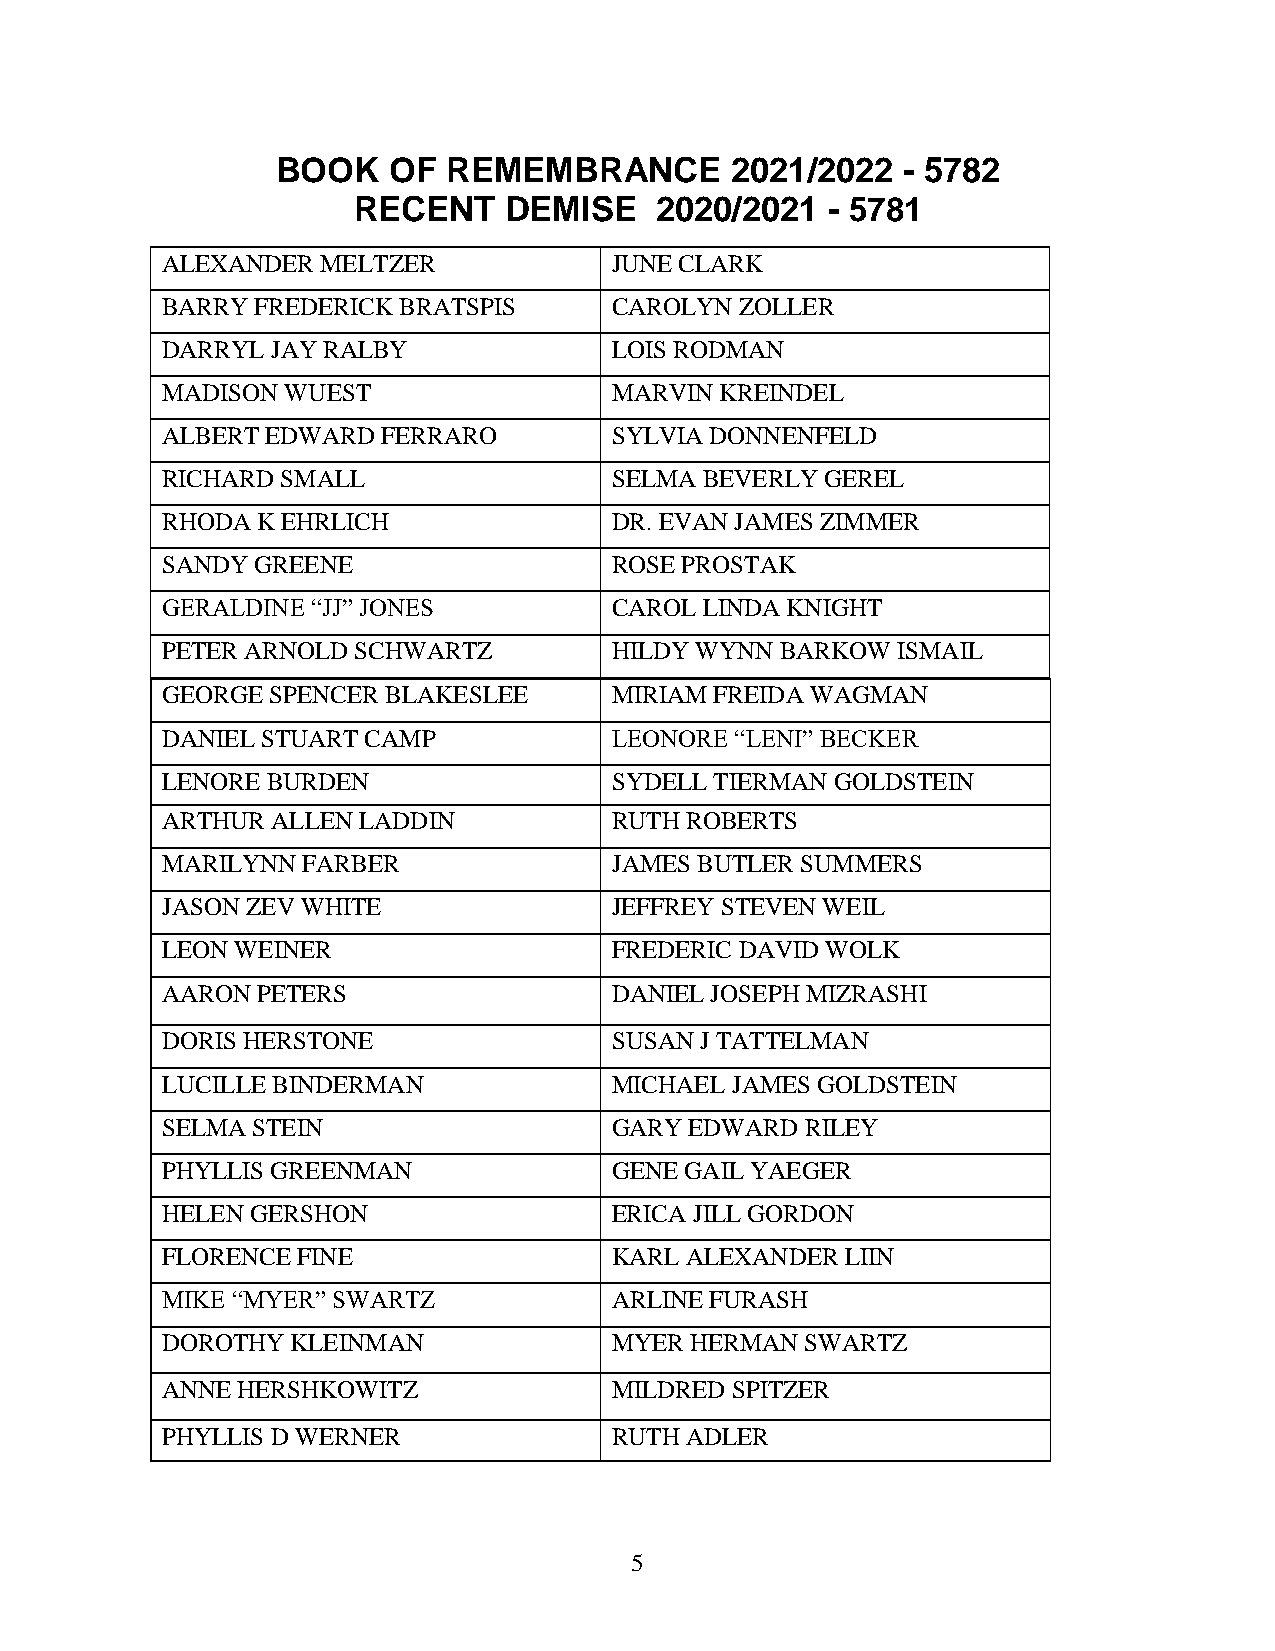
BOOK    OF  REMEMBRANCE       2021/2022   - 5782
 RECENT    DEMISE    2020/2021   - 5781
 ALEXANDER MELTZER            JUNE CLARK
 BARRY FREDERICK BRATSPIS     CAROLYN  ZOLLER
 DARRYL JAY RALBY             LOIS RODMAN
 MADISON WUEST                MARVIN  KREINDEL
 ALBERT EDWARD FERRARO        SYLVIA DONNENFELD
 RICHARD SMALL                SELMA  BEVERLY GEREL
 RHODA K EHRLICH              DR. EVAN JAMES ZIMMER
 SANDY GREENE                 ROSE PROSTAK
 GERALDINE “JJ” JONES         CAROL  LINDA KNIGHT
 PETER ARNOLD SCHWARTZ        HILDY WYNN  BARKOW ISMAIL
 GEORGE SPENCER BLAKESLEE     MIRIAM FREIDA WAGMAN
 DANIEL STUART CAMP           LEONORE  “LENI” BECKER
 LENORE BURDEN                SYDELL TIERMAN GOLDSTEIN
 ARTHUR ALLEN LADDIN          RUTH ROBERTS
 MARILYNN FARBER              JAMES BUTLER SUMMERS
 JASON ZEV WHITE              JEFFREY STEVEN WEIL
 LEON WEINER                  FREDERIC DAVID WOLK
 AARON PETERS                 DANIEL JOSEPH MIZRASHI
 DORIS HERSTONE               SUSAN J TATTELMAN
 LUCILLE BINDERMAN            MICHAEL JAMES GOLDSTEIN
 SELMA STEIN                  GARY  EDWARD RILEY
 PHYLLIS GREENMAN             GENE GAIL YAEGER
 HELEN GERSHON                ERICA JILL GORDON
 FLORENCE FINE                KARL ALEXANDER  LIIN
 MIKE “MYER” SWARTZ           ARLINE FURASH
 DOROTHY KLEINMAN             MYER  HERMAN SWARTZ
 ANNE HERSHKOWITZ             MILDRED SPITZER
 PHYLLIS D WERNER             RUTH ADLER
 5